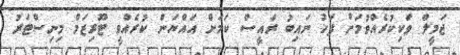
ޖަމީލް ވަކިކުރެއްވުމަށް ފަހު ނައިބު ރައީސް ކަމަށް އައްޔަން ކުރެއްވީ ޓޫރިޒަމް މިނިސްޓަރު